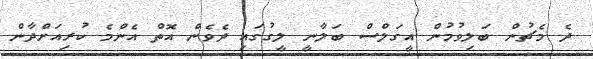
ދެ މެޗުން ބަލިވުމުން އީގަލްސް ބަލާނީ ލީގުގައި ދެވެން އޮތް އެންމެ ކުރިއަށްދާން